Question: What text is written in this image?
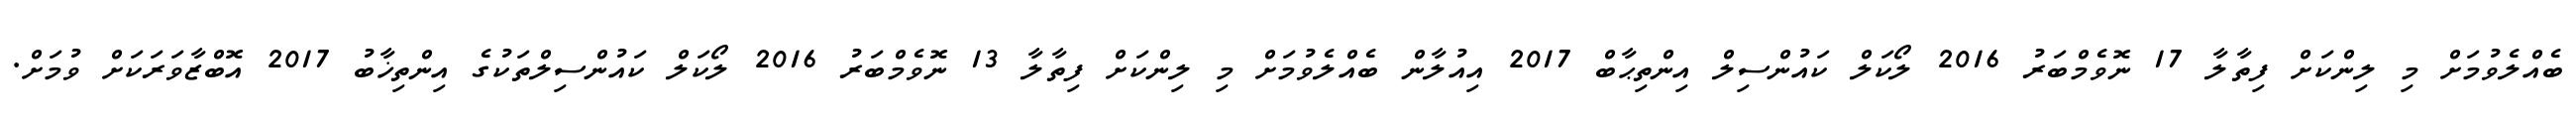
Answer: ބެއްލެވުމަށް މި ލިންކަށް ފިތާލާ 17 ނޮވެމްބަރު 2016 ލޯކަލް ކައުންސިލް އިންތިޙާބް 2017 އިއުލާން ބެއްލެވުމަށް މި ލިންކަށް ފިތާލާ 13 ނޮވެމްބަރު 2016 ލޯކަލް ކައުންސިލްތަކުގެ އިންތިޚާބު 2017 އޮބްޒާވަރަކަށް ވުމަށް.